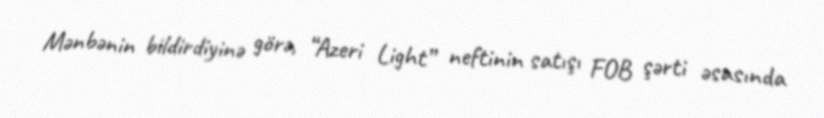
Mənbənin bildirdiyinə görə, “Azeri Light” neftinin satışı FOB şərti əsasında